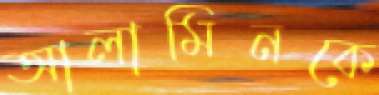
আলামিনকে